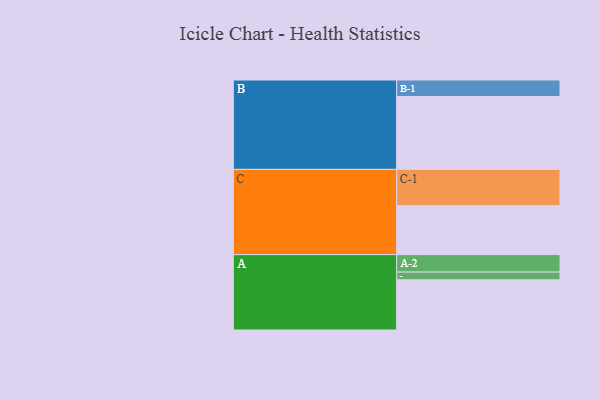
{"axis": {"x": "Segment", "y": "Value"}, "legend": ["", "A", "B", "C"], "data": [{"x": "A", "y": 408, "type": ""}, {"x": "B", "y": 593, "type": ""}, {"x": "C", "y": 398, "type": ""}, {"x": "A-1", "y": 63, "type": "A"}, {"x": "A-2", "y": 142, "type": "A"}, {"x": "B-1", "y": 134, "type": "B"}, {"x": "C-1", "y": 295, "type": "C"}]}